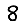
Digit: 8